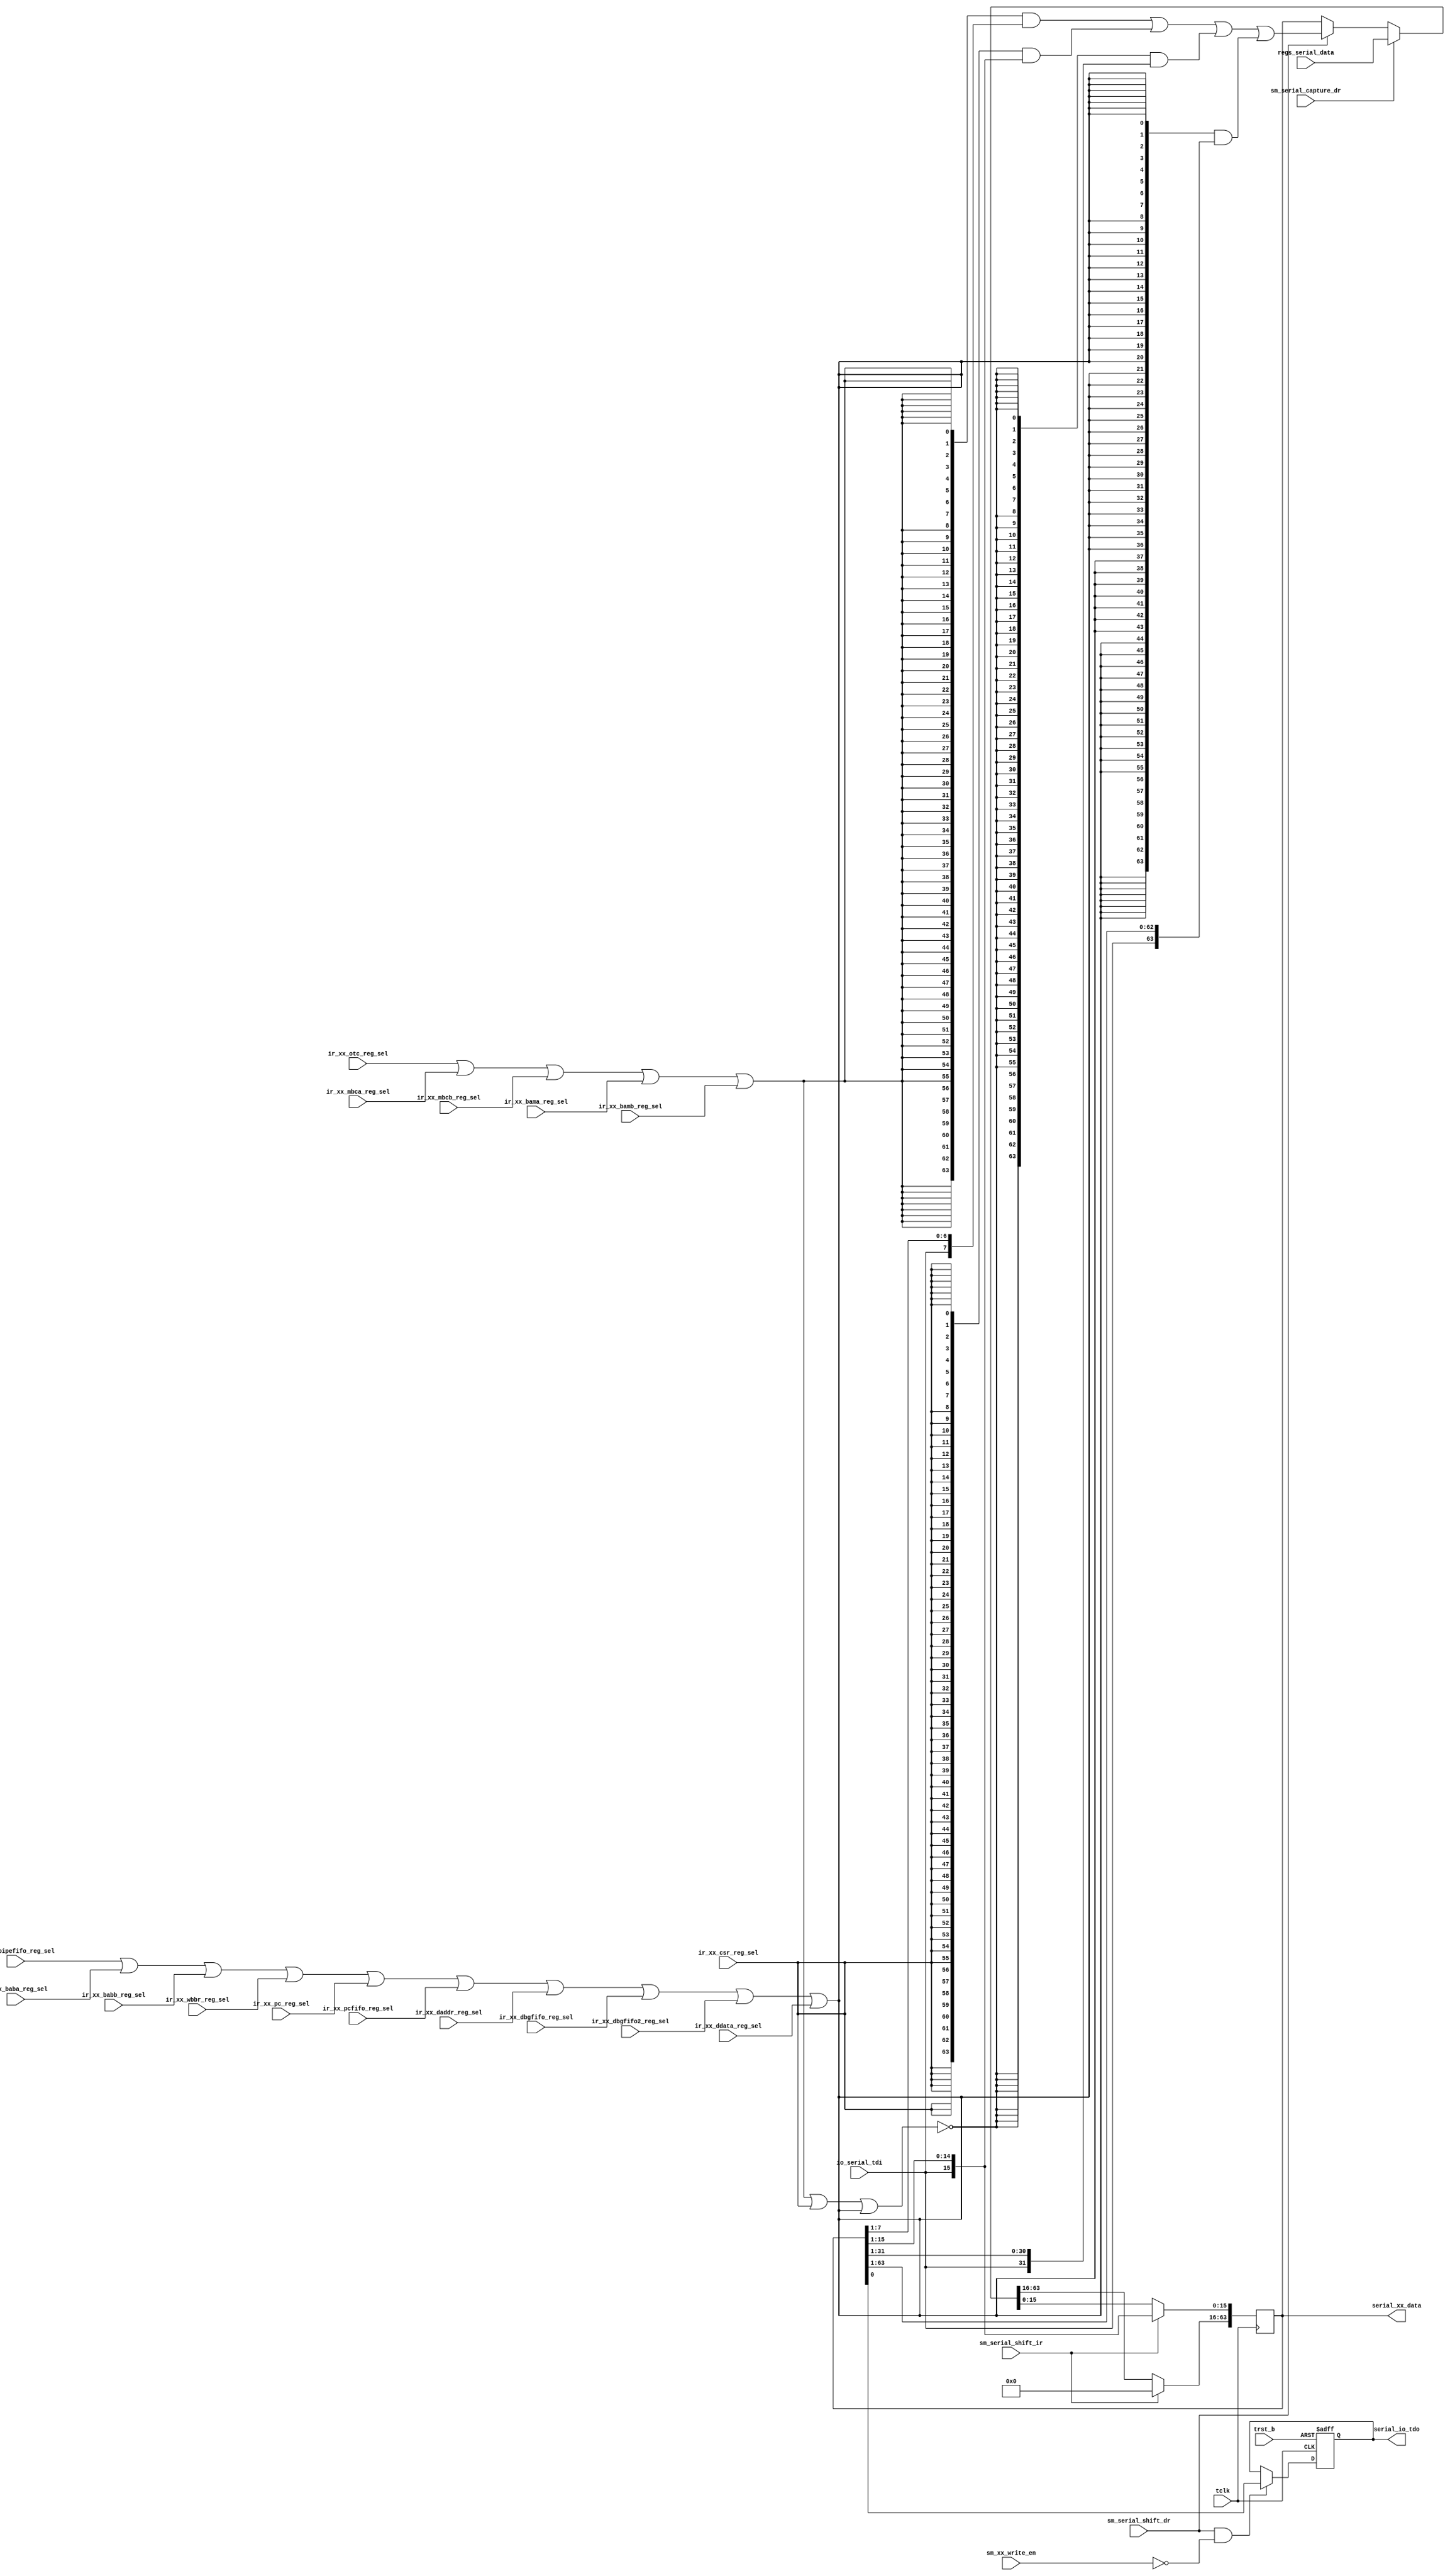
/*Copyright 2019-2021 T-Head Semiconductor Co., Ltd.

Licensed under the Apache License, Version 2.0 (the "License");
you may not use this file except in compliance with the License.
You may obtain a copy of the License at

    http://www.apache.org/licenses/LICENSE-2.0

Unless required by applicable law or agreed to in writing, software
distributed under the License is distributed on an "AS IS" BASIS,
WITHOUT WARRANTIES OR CONDITIONS OF ANY KIND, either express or implied.
See the License for the specific language governing permissions and
limitations under the License.
*/

// &ModuleBeg; @23
module ct_had_serial(
  io_serial_tdi,
  ir_xx_baba_reg_sel,
  ir_xx_babb_reg_sel,
  ir_xx_bama_reg_sel,
  ir_xx_bamb_reg_sel,
  ir_xx_csr_reg_sel,
  ir_xx_daddr_reg_sel,
  ir_xx_dbgfifo2_reg_sel,
  ir_xx_dbgfifo_reg_sel,
  ir_xx_ddata_reg_sel,
  ir_xx_mbca_reg_sel,
  ir_xx_mbcb_reg_sel,
  ir_xx_otc_reg_sel,
  ir_xx_pc_reg_sel,
  ir_xx_pcfifo_reg_sel,
  ir_xx_pipefifo_reg_sel,
  ir_xx_wbbr_reg_sel,
  regs_serial_data,
  serial_io_tdo,
  serial_xx_data,
  sm_serial_capture_dr,
  sm_serial_shift_dr,
  sm_serial_shift_ir,
  sm_xx_write_en,
  tclk,
  trst_b
);

// &Ports; @24
input           io_serial_tdi;         
input           ir_xx_baba_reg_sel;    
input           ir_xx_babb_reg_sel;    
input           ir_xx_bama_reg_sel;    
input           ir_xx_bamb_reg_sel;    
input           ir_xx_csr_reg_sel;     
input           ir_xx_daddr_reg_sel;   
input           ir_xx_dbgfifo2_reg_sel; 
input           ir_xx_dbgfifo_reg_sel; 
input           ir_xx_ddata_reg_sel;   
input           ir_xx_mbca_reg_sel;    
input           ir_xx_mbcb_reg_sel;    
input           ir_xx_otc_reg_sel;     
input           ir_xx_pc_reg_sel;      
input           ir_xx_pcfifo_reg_sel;  
input           ir_xx_pipefifo_reg_sel; 
input           ir_xx_wbbr_reg_sel;    
input   [63:0]  regs_serial_data;      
input           sm_serial_capture_dr;  
input           sm_serial_shift_dr;    
input           sm_serial_shift_ir;    
input           sm_xx_write_en;        
input           tclk;                  
input           trst_b;                
output          serial_io_tdo;         
output  [63:0]  serial_xx_data;        

// &Regs; @25
reg             parity;                
reg     [63:0]  serial_shifter;        
reg     [63:0]  serial_shifter_pre;    
reg             tdo;                   

// &Wires; @26
wire            io_serial_tdi;         
wire            ir_xx_baba_reg_sel;    
wire            ir_xx_babb_reg_sel;    
wire            ir_xx_bama_reg_sel;    
wire            ir_xx_bamb_reg_sel;    
wire            ir_xx_csr_reg_sel;     
wire            ir_xx_daddr_reg_sel;   
wire            ir_xx_dbgfifo2_reg_sel; 
wire            ir_xx_dbgfifo_reg_sel; 
wire            ir_xx_ddata_reg_sel;   
wire            ir_xx_mbca_reg_sel;    
wire            ir_xx_mbcb_reg_sel;    
wire            ir_xx_otc_reg_sel;     
wire            ir_xx_pc_reg_sel;      
wire            ir_xx_pcfifo_reg_sel;  
wire            ir_xx_pipefifo_reg_sel; 
wire            ir_xx_wbbr_reg_sel;    
wire    [63:0]  regs_serial_data;      
wire            serial_io_tdo;         
wire            serial_shifter_16_sel; 
wire            serial_shifter_32_sel; 
wire            serial_shifter_64_sel; 
wire            serial_shifter_8_sel;  
wire    [63:0]  serial_shifter_dr_pre; 
wire    [63:0]  serial_xx_data;        
wire            sm_serial_capture_dr;  
wire            sm_serial_shift_dr;    
wire            sm_serial_shift_ir;    
wire            sm_xx_write_en;        
wire            tclk;                  
wire            tdi;                   
wire            trst_b;                


//==============================================================================
// data shift in and out
// 1. how to shift IR
// 2. how to capture DR
// 3. how to shift DR in JTAG_2 interface
// 4. how to shift DR in JTAG_5 interface
//==============================================================================

assign serial_shifter_8_sel = 
            ir_xx_otc_reg_sel
         || ir_xx_mbca_reg_sel
         || ir_xx_mbcb_reg_sel
         || ir_xx_bama_reg_sel
         || ir_xx_bamb_reg_sel;

assign serial_shifter_16_sel = 
            ir_xx_csr_reg_sel;

assign serial_shifter_32_sel = 
            !(serial_shifter_8_sel
           || serial_shifter_16_sel
           || serial_shifter_64_sel);

assign serial_shifter_64_sel = 
            ir_xx_pipefifo_reg_sel
         || ir_xx_baba_reg_sel
         || ir_xx_babb_reg_sel
         || ir_xx_wbbr_reg_sel
         || ir_xx_pc_reg_sel
         || ir_xx_pcfifo_reg_sel
         || ir_xx_daddr_reg_sel
         || ir_xx_dbgfifo_reg_sel
         || ir_xx_dbgfifo2_reg_sel
         || ir_xx_ddata_reg_sel;

assign serial_shifter_dr_pre[63:0] =
         {64{serial_shifter_8_sel}}  & {56'b0, tdi, serial_shifter[7:1]}
       | {64{serial_shifter_16_sel}} & {48'b0, tdi, serial_shifter[15:1]}
       | {64{serial_shifter_32_sel}} & {32'b0, tdi, serial_shifter[31:1]}
       | {64{serial_shifter_64_sel}} & {tdi,serial_shifter[63:1]};

// &CombBeg; @69
always @( serial_shifter[63:0]
       or sm_serial_shift_dr
       or sm_serial_capture_dr
       or tdi
       or serial_shifter_dr_pre[63:0]
       or sm_serial_shift_ir
       or regs_serial_data[63:0])
begin
  serial_shifter_pre[63:0] = 64'b0;
  if (sm_serial_shift_ir)
    serial_shifter_pre[15:0] = {tdi, serial_shifter[15:1]};
  else if (sm_serial_capture_dr)
    serial_shifter_pre[63:0] = regs_serial_data[63:0];
  else if (sm_serial_shift_dr)
    serial_shifter_pre[63:0] = serial_shifter_dr_pre[63:0];
  else
    serial_shifter_pre[63:0] = serial_shifter[63:0];
// &CombEnd; @79
end

// data shift from the lowest bit
// sample tdi on the posedge of JTAG clock
always @(posedge tclk)
begin
  serial_shifter[63:0] <= serial_shifter_pre[63:0];
end

// output signal, data shift in
assign serial_xx_data[63:0] = serial_shifter[63:0];

//==============================================
// calculate the parity bit when read DR
//==============================================
always @(posedge tclk)
begin
  if (sm_serial_capture_dr)
    parity <= 1'b1;
  else if (sm_serial_shift_dr && !sm_xx_write_en)
    parity <= parity ^ serial_shifter[0];
  else
    parity <= parity;
end

//==============================================
// set tdo on the negedge of tclk
// set tdo to logic 1 when IDLE
//==============================================
always @(negedge tclk or negedge trst_b)
begin
  if (!trst_b)
    tdo <= 1'b1;
  else if (sm_serial_shift_dr && !sm_xx_write_en)
    tdo <= serial_shifter[0];
  else
    tdo <= tdo;
end

//==========================================================
//               jtag input and output
//==========================================================

assign tdi = io_serial_tdi;

assign serial_io_tdo = tdo;

// &ModuleEnd; @126
endmodule